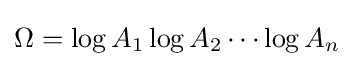
\Omega =\log A_{1}\log A_{2}\cdots \log A_{n}